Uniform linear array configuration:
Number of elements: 24
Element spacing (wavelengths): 0.5
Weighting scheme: hamming
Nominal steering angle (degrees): -45
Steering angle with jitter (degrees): -43.332
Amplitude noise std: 0.05
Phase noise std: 0.05

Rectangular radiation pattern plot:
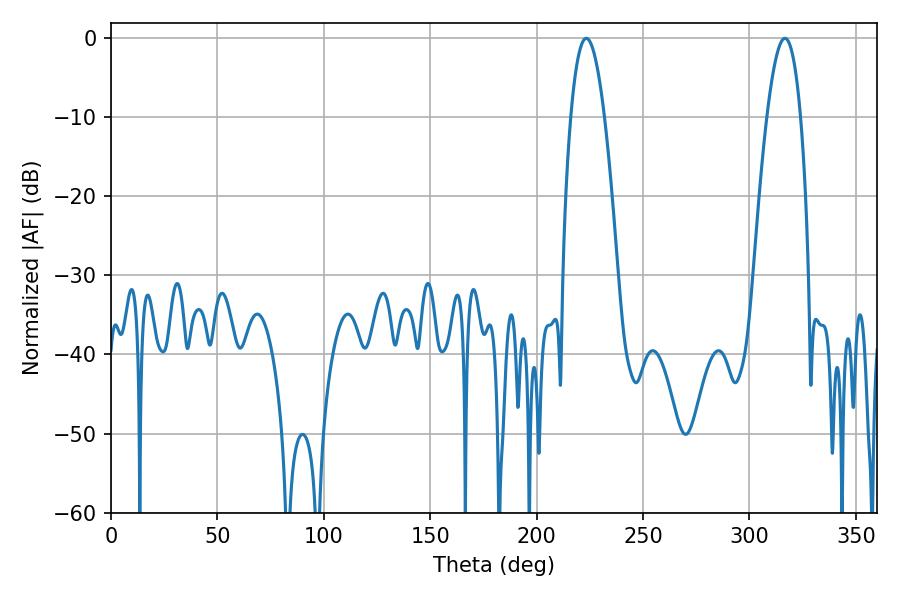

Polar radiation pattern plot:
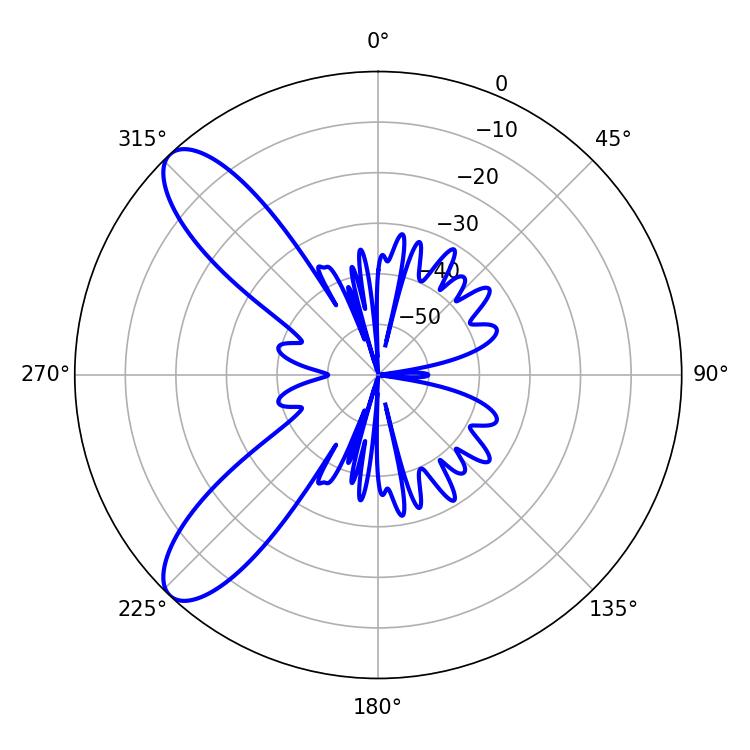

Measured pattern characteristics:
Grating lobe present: FALSE
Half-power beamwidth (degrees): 8.64
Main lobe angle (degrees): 223.38